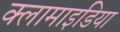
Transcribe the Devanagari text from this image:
क्लामाइडिया